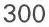
300